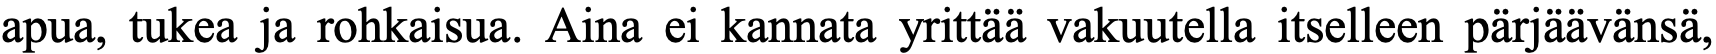
apua, tukea ja rohkaisua. Aina ei kannata yrittää vakuutella itselleen pärjäävänsä,